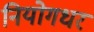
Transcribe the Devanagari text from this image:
नियोगधरं